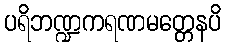
ပရိဘဏ္ဍကရဏမတ္တေနပိ